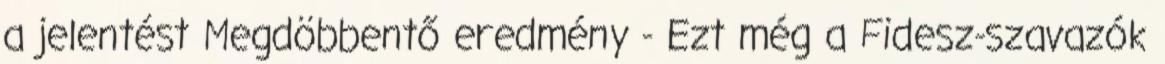
a jelentést Megdöbbentő eredmény - Ezt még a Fidesz-szavazók